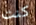
كنت